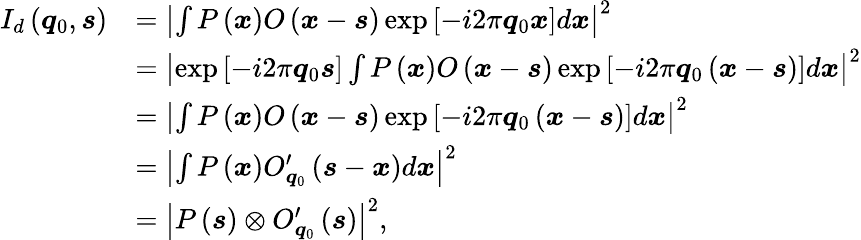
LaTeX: \begin{array}{rl}{I_{d}\left(\boldsymbol{q}_{0},\boldsymbol{s}\right)}&{=\left|\int P\left(\boldsymbol{x}\right)O\left(\boldsymbol{x}-\boldsymbol{s}\right)\exp\left[-i2\pi\boldsymbol{q}_{0}\boldsymbol{x}\right]d\boldsymbol{x}\right|^{2}}\\ &{=\left|\exp\left[-i2\pi\boldsymbol{q}_{0}\boldsymbol{s}\right]\int P\left(\boldsymbol{x}\right)O\left(\boldsymbol{x}-\boldsymbol{s}\right)\exp\left[-i2\pi\boldsymbol{q}_{0}\left(\boldsymbol{x}-\boldsymbol{s}\right)\right]d\boldsymbol{x}\right|^{2}}\\ &{=\left|\int P\left(\boldsymbol{x}\right)O\left(\boldsymbol{x}-\boldsymbol{s}\right)\exp\left[-i2\pi\boldsymbol{q}_{0}\left(\boldsymbol{x}-\boldsymbol{s}\right)\right]d\boldsymbol{x}\right|^{2}}\\ &{=\left|\int P\left(\boldsymbol{x}\right)O_{\boldsymbol{q}_{0}}^{\prime}\left(\boldsymbol{s}-\boldsymbol{x}\right)d\boldsymbol{x}\right|^{2}}\\ &{=\left|P\left(\boldsymbol{s}\right)\otimes O_{\boldsymbol{q}_{0}}^{\prime}\left(\boldsymbol{s}\right)\right|^{2},}\end{array}